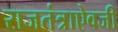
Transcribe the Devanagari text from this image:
राजतंत्राऐवजी